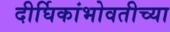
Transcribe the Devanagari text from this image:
दीर्घिकांभोवतीच्या